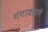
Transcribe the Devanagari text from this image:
गंगाजलाने